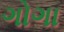
ગોગા